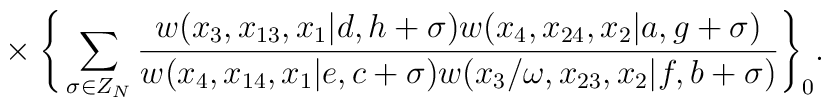
{}~~~~~~~~~~~~~\times \Bigg\{\sum_{\sigma \in Z_N}\frac{w(x_3,x_{13},x_1|d,h+\sigma)w(x_4,x_{24},x_2|a,g+\sigma)}{w(x_4,x_{14},x_1|e,c+\sigma)w(x_3/\omega,x_{23},x_2|f,b+\sigma)}\Bigg\}_0.